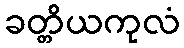
ခတ္တိယကုလံ